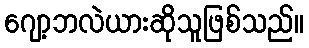
ဂျော့ဘလဲယားဆိုသူဖြစ်သည်။